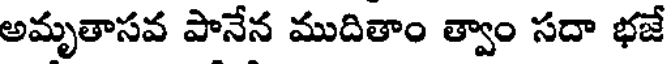
అమృతాసవ పానేన ముదితాం త్వాం సదా భజే